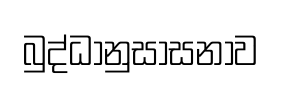
බුද්ධානුසාසනාව